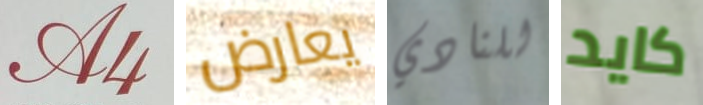
A4 يعارض للنادي كايد